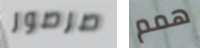
صرصور همم